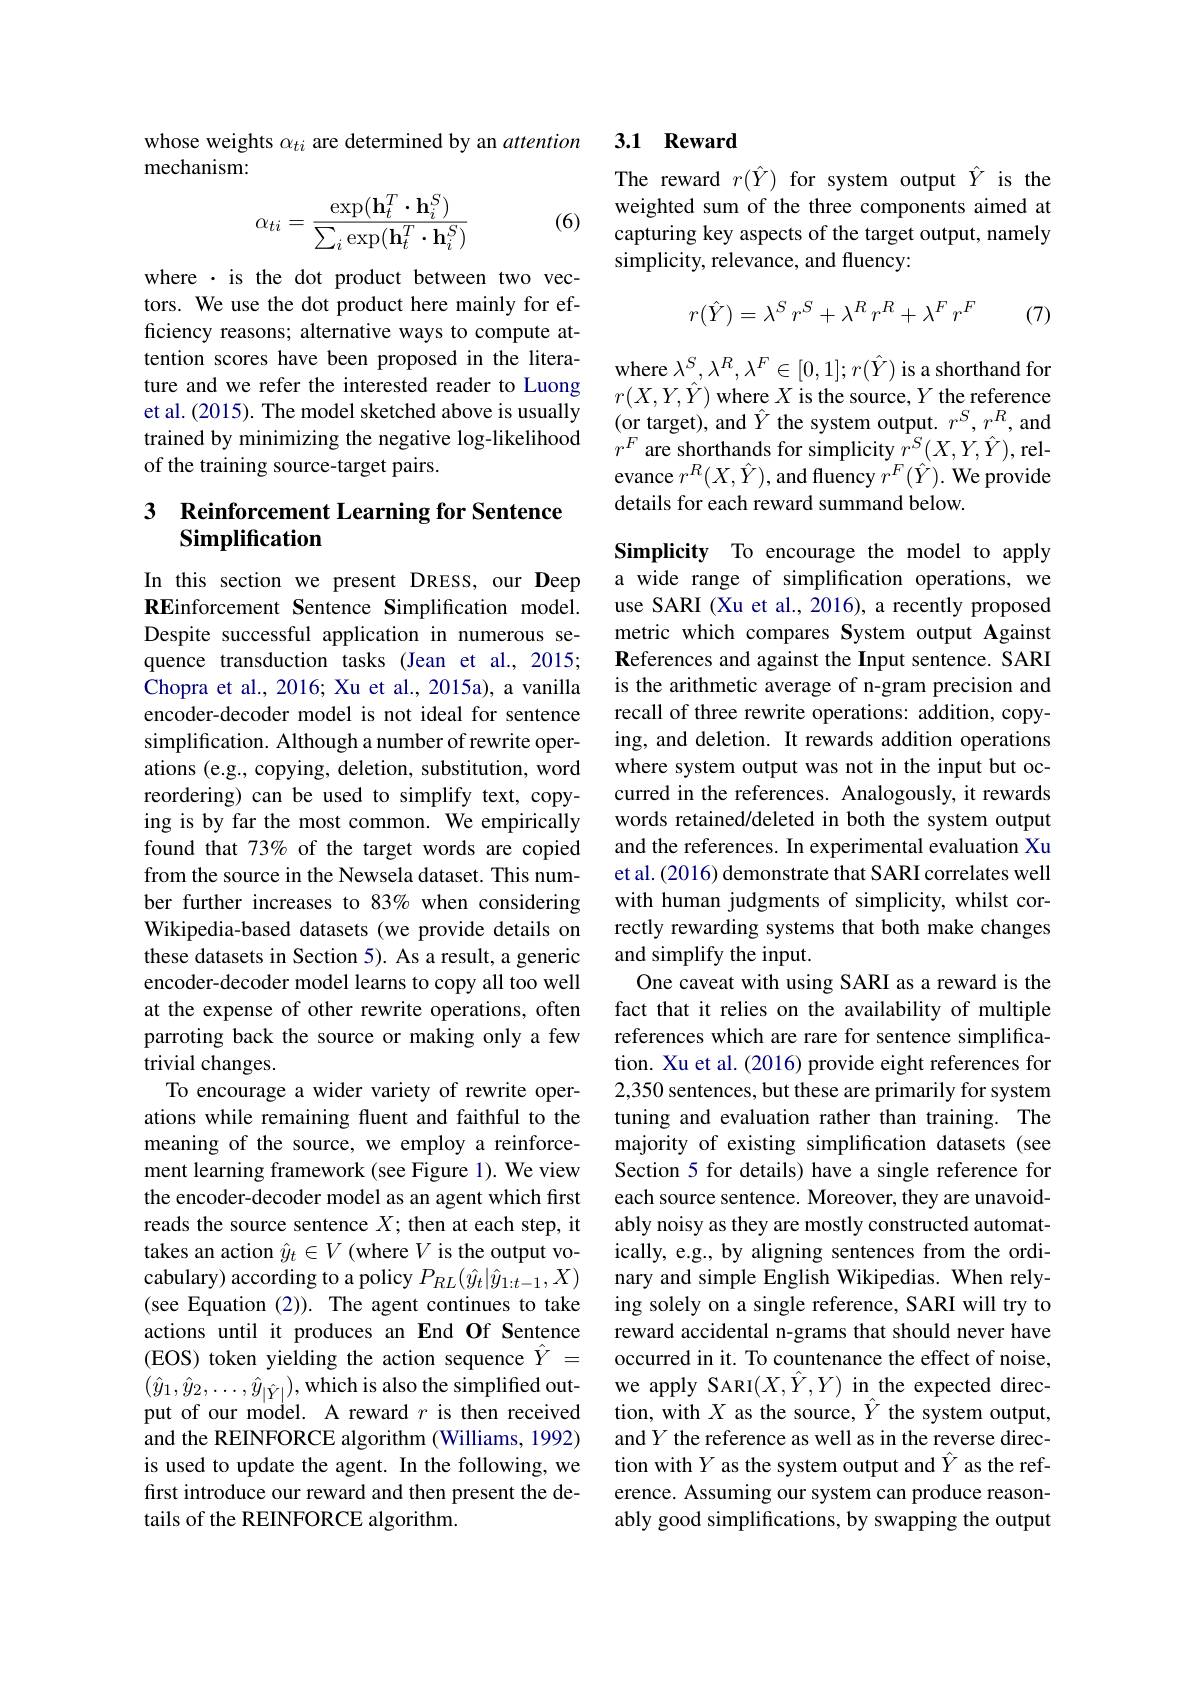
whose weights $\alpha_ti$ are determined by an attention
mechanism:
$$\alpha_{ti}=\frac{\exp(\mathbf{h}_t^T\cdot\mathbf{h}_i^S)}{\sum_i\exp(\mathbf{h}_t^T\cdot\mathbf{h}_i^S)}$$
(6)

where ·is the dot product between two vectors. We use the dot product here mainly for efficiency reasons; alternative ways to compute attention scores have been proposed in the literature and we refer the interested reader to Luong et al. (2015). The model sketched above is usually trained by minimizing the negative log-likelihood of the training source-target pairs.

## 3 Reinforcement Learning for Sentence Simplification

In this section we present DRESS, our Deep REinforcement Sentence Simplification model. Despite successful application in numerous sequence transduction tasks (Jean et al., 2015; Chopra et al., 2016; Xu et al., 2015a), a vanilla encoder-decoder model is not ideal for sentence simplification. Although a number of rewrite operations (e.g., copying, deletion, substitution, word reordering) can be used to simplify text, copying is by far the most common. We empirically found that 73% of the target words are copied from the source in the Newsela dataset. This number further increases to 83% when considering Wikipedia-based datasets (we provide details on these datasets in Section 5). As a result, a generic encoder-decoder model learns to copy all too well at the expense of other rewrite operations, often parroting back the source or making only a few trivial changes.
To encourage a wider variety of rewrite operations while remaining fluent and faithful to the meaning of the source, we employ a reinforcement learning framework (see Figure 1). We view the encoder-decoder model as an agent which first reads the source sentence $X;$ then at each step, it takes an action $\hat{y}_t\in V$ (where $V$ is the output vocabulary) according to a policy $P_{RL}(\hat{y}_t|\hat{y}_{1:t-1},X)$ (see Equation (2)). The agent continues to take actions until it produces an End Of Sentence (EOS) token yielding the action sequence $\hat{Y}=$ $(\hat{y}_{1},\hat{y}_{2},\ldots,\hat{y}_{|\hat{Y}|})$,which is also the simplified output of our model. A reward $r$ is then received and the REINFORCE algorithm (Williams, 1992) is used to update the agent. In the following, we first introduce our reward and then present the details of the REINFORCE algorithm.

### 3.1 Reward

The reward $r(\hat{Y})$ for system output $\hat{Y}$ is the weighted sum of the three components aimed at capturing key aspects of the target output, namely simplicity, relevance, and fluency:
$$r(\hat{Y})=\lambda^S\:r^S+\lambda^R\:r^R+\lambda^F\:r^F$$
(7)

where $\lambda^S,\lambda^R,\lambda^F\in[0,1];r(\hat{Y})$ is a shorthand for $r(X,Y,\hat{Y})$ where $X$ is the source, $Y$ the reference (or target), and $\hat{Y}$ the system output. $r^S,r^R$,and $r^{F}$ are shorthands for simplicity $r^S(X,Y,\hat{Y})$,relevance $r^R(X,\hat{Y})$,and fluency $r^F(\hat{Y}).$ We provide details for each reward summand below.

Simplicity To encourage the model to apply a wide range of simplification operations, we use SARI (Xu et al., 2016), a recently proposed metric which compares System output Against References and against the Input sentence. SARI is the arithmetic average of n-gram precision and recall of three rewrite operations: addition, copying, and deletion. It rewards addition operations where system output was not in the input but occurred in the references. Analogously, it rewards words retained/deleted in both the system output and the references. In experimental evaluation Xu et al. (2016) demonstrate that SARI correlates well with human judgments of simplicity, whilst correctly rewarding systems that both make changes and simplify the input.
One caveat with using SARI as a reward is the fact that it relies on the availability of multiple references which are rare for sentence simplification. Xu et al. (2016) provide eight references for 2,350 sentences, but these are primarily for system tuning and evaluation rather than training. The majority of existing simplification datasets (see Section 5 for details) have a single reference for each source sentence. Moreover, they are unavoidably noisy as they are mostly constructed automatically, e.g., by aligning sentences from the ordinary and simple English Wikipedias. When relying solely on a single reference, SARI will try to reward accidental n-grams that should never have occurred in it. To countenance the effect of noise, we apply SARI$(X,\hat{Y},Y)$ in the expected direction, with $X$ as the source, $\hat{Y}$ the system output, and $Y$ the reference as well as in the reverse direction with $Y$ as the system output and $\hat{Y}$ as the reference. Assuming our system can produce reasonably good simplifications, by swapping the output